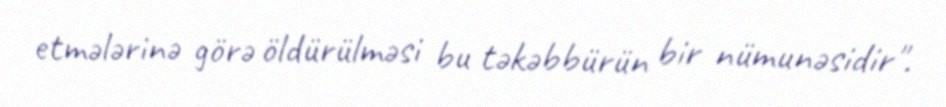
etmələrinə görə öldürülməsi bu təkəbbürün bir nümunəsidir".